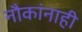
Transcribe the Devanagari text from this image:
नौकांनाही